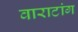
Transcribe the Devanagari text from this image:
वाराटांग